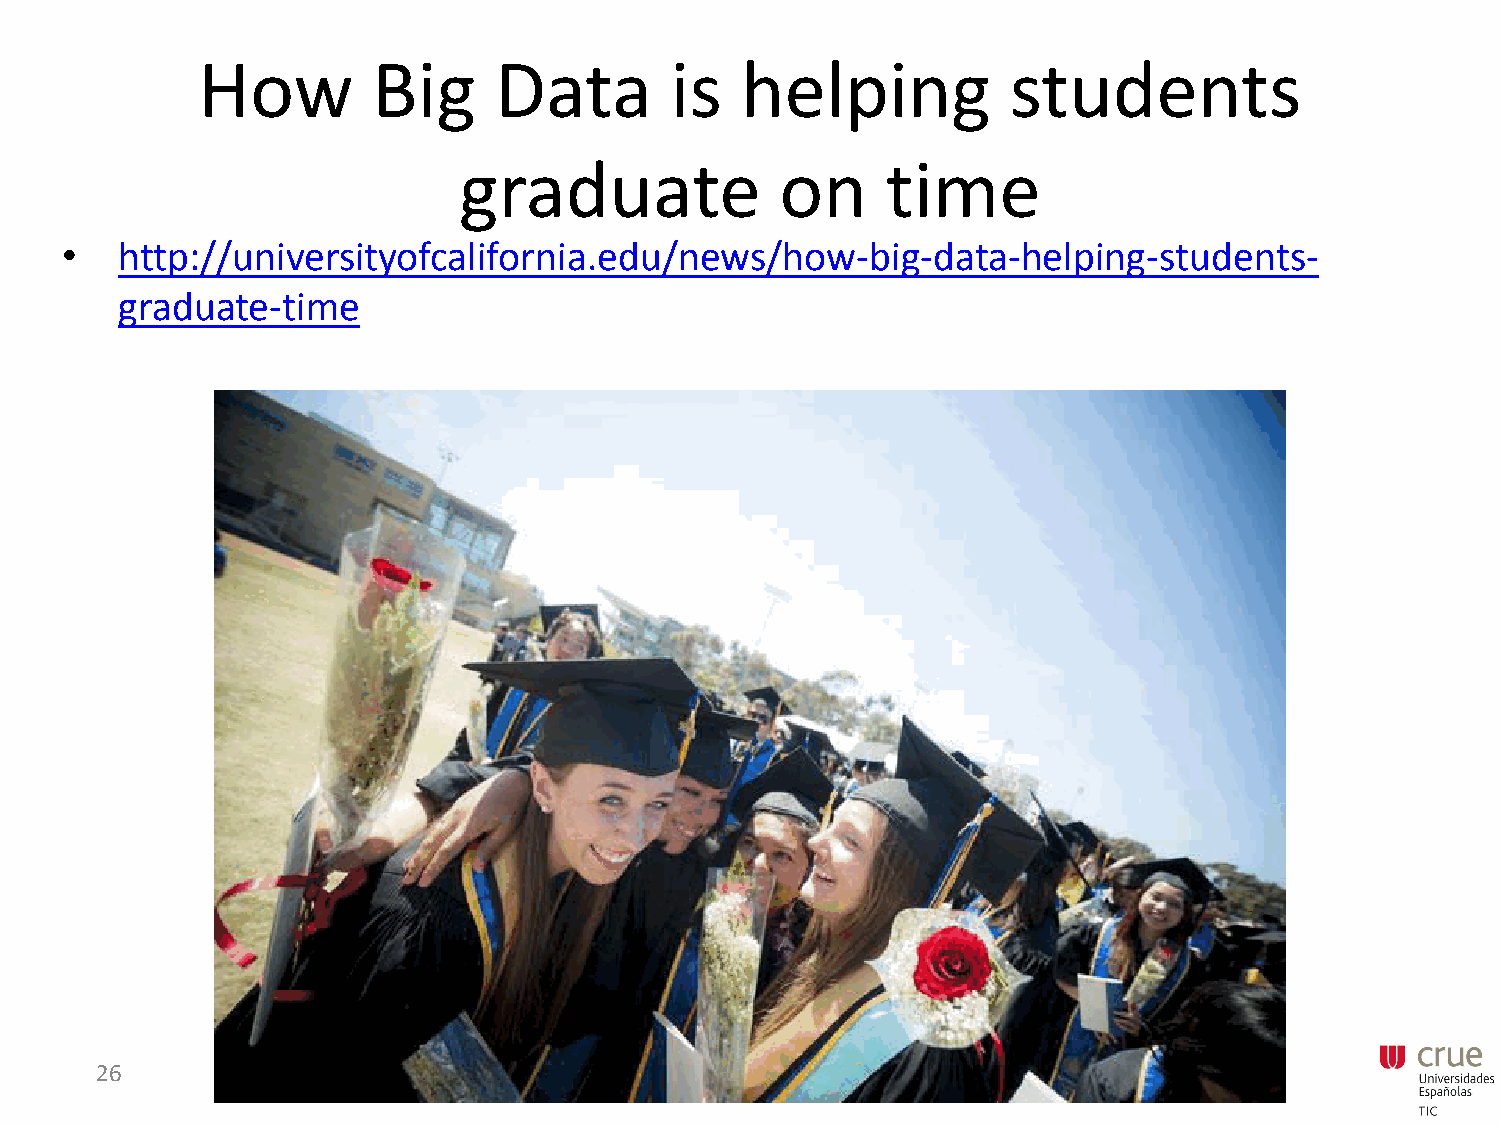
How         Big     Data       is   helping           students
 graduate              on     time
 •   http://universityofcalifornia.edu/news/how-big-data-helping-students-
 graduate-time
 26